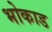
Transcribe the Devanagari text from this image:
भोकाड